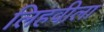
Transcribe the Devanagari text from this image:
लिहवीला